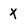
Character: x